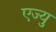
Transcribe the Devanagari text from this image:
एज्यु